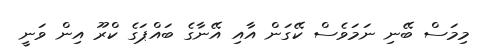
މިމަސް ބޭނި ނަމަވެސް ކޭގަން އާއި އޭނާގެ ބައްޕަގެ ކްރޫ އިން ވަނީ